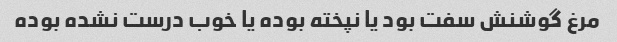
مرغ گوشنش سفت بود یا نپخته بوده یا خوب درست نشده بوده